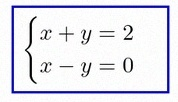
\begin{cases}x+y=2\\x-y=0\end{cases}